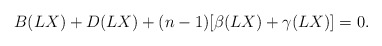
\begin{align*}B(LX)+D(LX)+(n-1)[\beta(LX)+\gamma(LX)]=0. \end{align*}